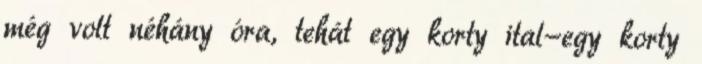
még volt néhány óra, tehát egy korty ital-egy korty